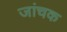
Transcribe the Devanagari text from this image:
जांचक